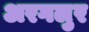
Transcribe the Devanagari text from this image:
अरगलुर